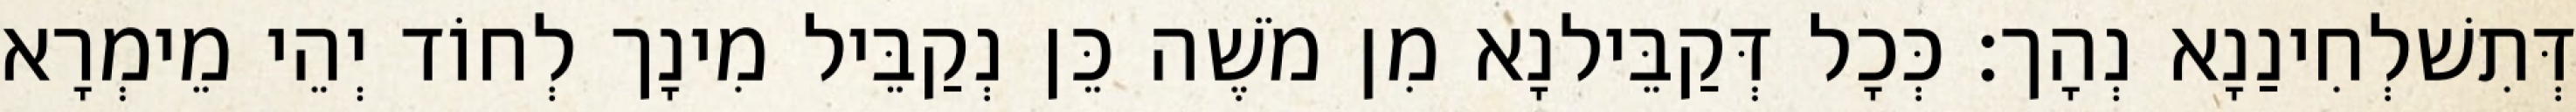
דְּתִשׁלְחִינַנָא נְהָך׃ כְּכָל דְּקַבֵּילנָא מִן מֹשֶׁה כֵּן נְקַבֵּיל מִינָך לְחוֹד יְהֵי מֵימְרָא